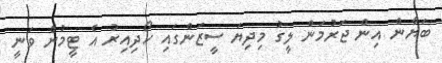
ބަޔާން އިން ޖަރުމަން ލީގު މިދިޔަ ސީޒަންގައި ހޯދިއިރު އެ ޓީމުން ވަނީ